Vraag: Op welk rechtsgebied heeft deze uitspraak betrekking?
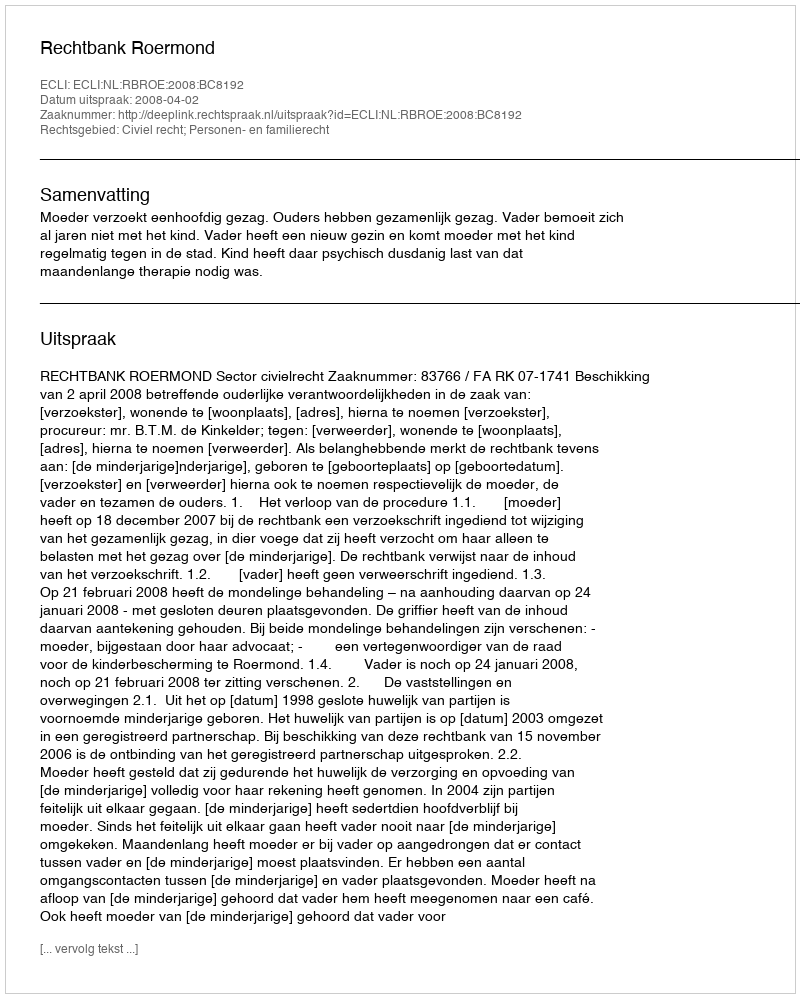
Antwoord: Civiel recht; Personen- en familierecht